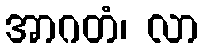
အာဂတံ၊ လာ